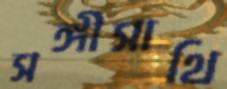
সঙ্গীসাথি